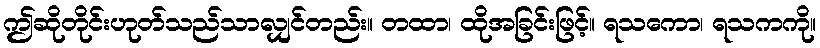
ဤဆိုတိုင်းဟုတ်သည်သာလျှင်တည်း။ တထာ၊ ထိုအခြင်းဖြင့်။ ရသကော၊ ရသကကို။